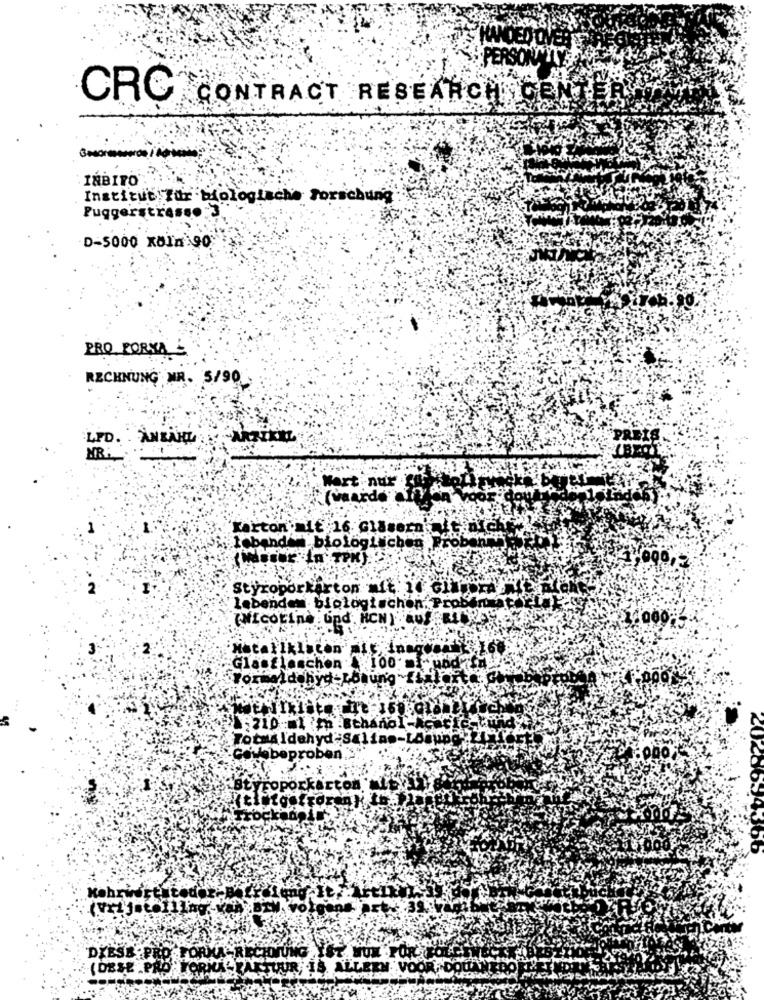
PERSONAS
CRC
CONTRACT RESEARCH GEN
IMBIRO
Institut Für biologische Forschung
Puggerstrasse
D-5000 KOIn 90
PRO FORMA
RECHNUNG NR. 5/90
LPD. . ANZAHL
Wert nur
(waarde
Karton mit 16 Gläsern.
tebande biologischen Probonn
1 ,090,2
Styroporkarton mit: 10 Gilber
lebenden biologischen. Profinet Flares
(Nicotine . und, HCN ) "AUS RITRAE
Metallklacon
Glasflaschen 100 1 und
Totaldehyd Salino-Lösung
.Cavobeproben."
porkarton
otrozeny to.
euted
DIESE PRO- FORMA -RECHN
(DESE PRO"TO
TUR
TH VOOR-DODA